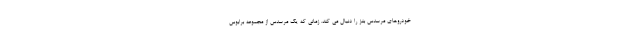
خودروهای مرسدس بنز را دنبال می کند. زمانی که یک مرسدس از مجموعه برابوس